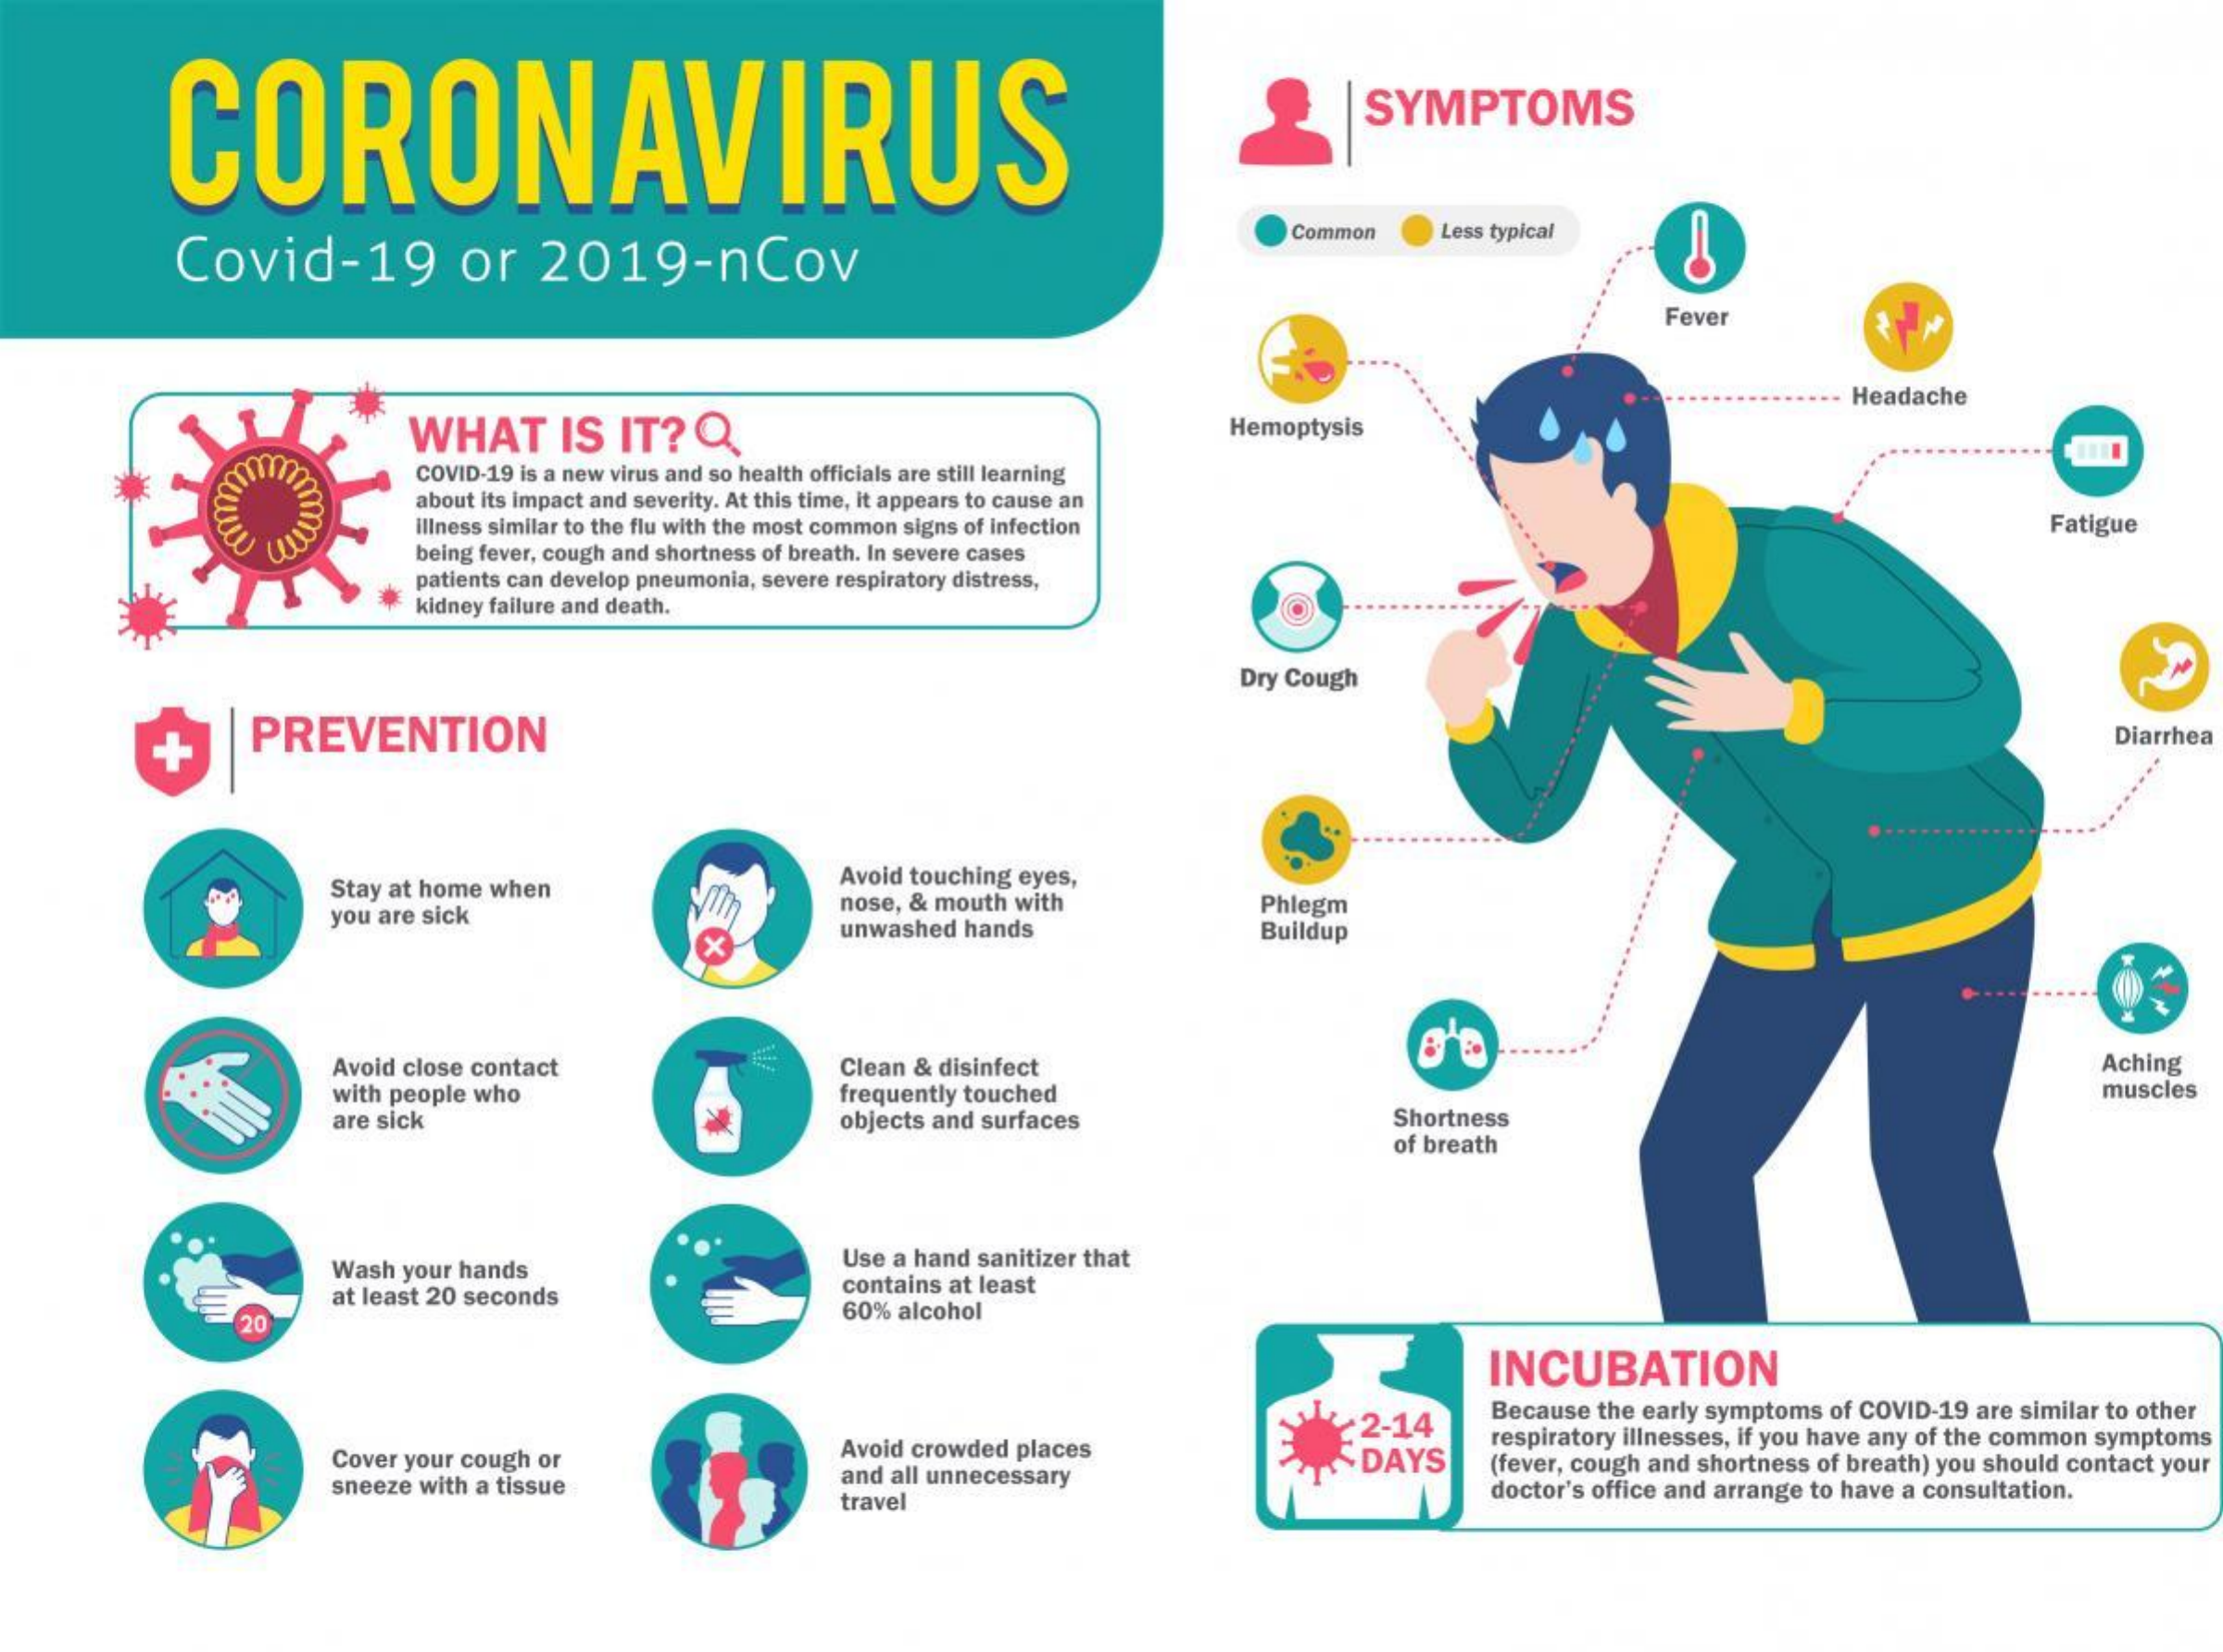
CORONAVIRUS
     SYMPTOMS
     Covid-19  or 2019-ncov
     Common Less typical
     Fever
     Headache
     WHAT IS IT? Q    Hemoptysis
     COVID-19 is a new virus and so health officials are still learning
     about its impact and severity. At this time, it appears to cause an
     illness similar to the flu with the most common signs of infection Fatigue
     being fever, cough and shortness of breath. In severe cases
     patients can develop pneumonia, severe respiratory distress,
     kidney failure and death.
     Dry Cough
     PREVENTION    Diarrhea
     Stay at home when
     Avoid touching eyes,
     you are sick
     nose, & mouth with Phlegm
     X
     unwashed hands Buildup
     Avoid close contact Clean & disinfect    Aching
     with people who    frequently touched    muscles
     are sick    objects and surfaces Shortness
     of breath
     Wash your hands    Use a hand sanitizer that
     at least 20 seconds
     contains at least
     20    60% alcohol
     INCUBATION
     Because the early symptoms of COVID-19 are similar to other
     Avoid crowded places
     2-14
     Cover your cough or
     and all unnecessary
     DAYS
     respiratory illnesses, if you have any of the common symptoms
     sneeze with a tissue
     (fever, cough and shortness of breath) you should contact your
     travel
     doctor's office and arrange to have a consultation.